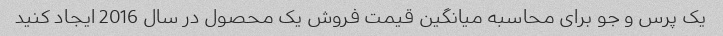
یک پرس و جو برای محاسبه میانگین قیمت فروش یک محصول در سال 2016 ایجاد کنید